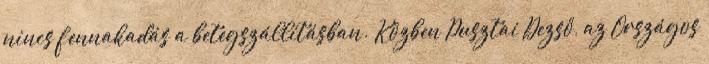
nincs fennakadás a betegszállításban. Közben Pusztai Dezső, az Országos